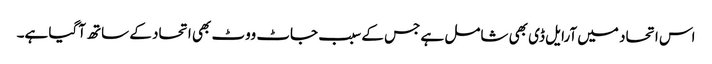
اس اتحاد میں آرایل ڈی بھی شامل ہے جس کے سبب جاٹ ووٹ بھی اتحاد کے ساتھ آگیا ہے۔